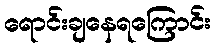
ရောင်းချနေရကြောင်း